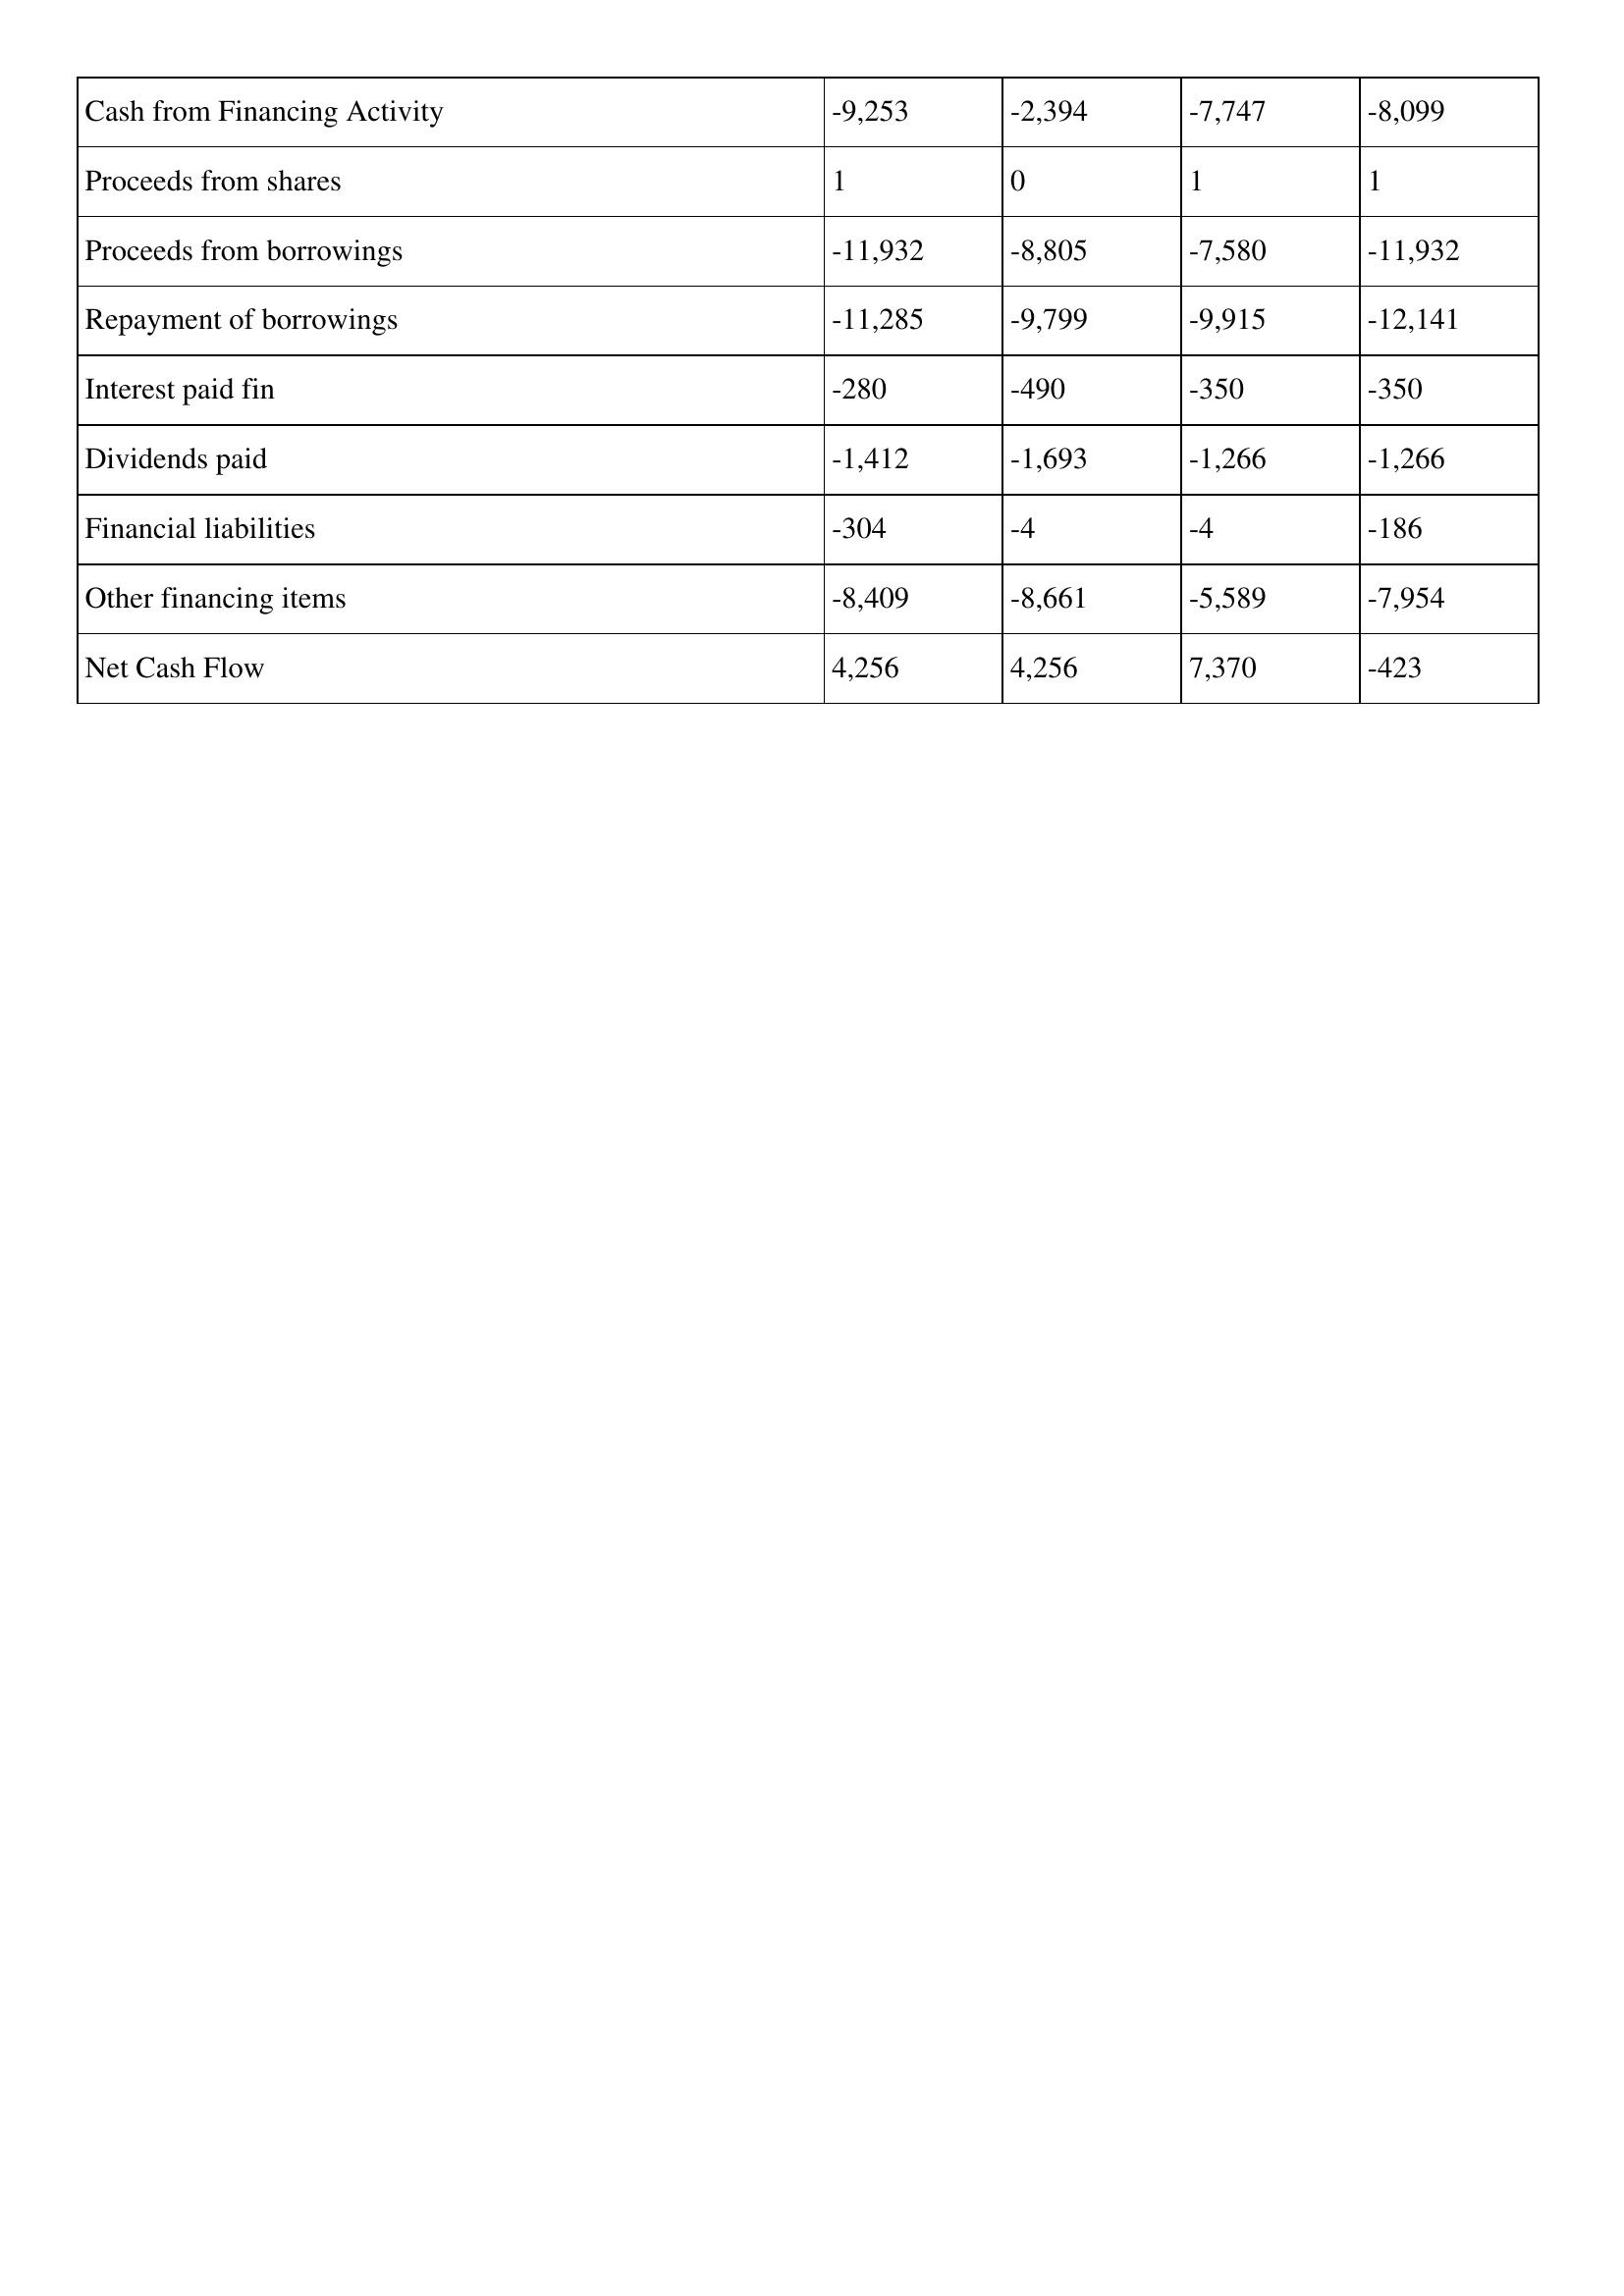
gt_parse: 2015: Cash Flows: Cash from Financing Activity: -9,253
Proceeds from shares: 1
Proceeds from borrowings: -11,932
Repayment of borrowings: -11,285
Interest paid fin: -280
Dividends paid: -1,412
Financial liabilities: -304
Other financing items: -8,409
Net Cash Flow: 4,256
2014: Cash Flows: Cash from Financing Activity: -2,394
Proceeds from shares: 0
Proceeds from borrowings: -8,805
Repayment of borrowings: -9,799
Interest paid fin: -490
Dividends paid: -1,693
Financial liabilities: -4
Other financing items: -8,661
Net Cash Flow: 4,256
2013: Cash Flows: Cash from Financing Activity: -7,747
Proceeds from shares: 1
Proceeds from borrowings: -7,580
Repayment of borrowings: -9,915
Interest paid fin: -350
Dividends paid: -1,266
Financial liabilities: -4
Other financing items: -5,589
Net Cash Flow: 7,370
2012: Cash Flows: Cash from Financing Activity: -8,099
Proceeds from shares: 1
Proceeds from borrowings: -11,932
Repayment of borrowings: -12,141
Interest paid fin: -350
Dividends paid: -1,266
Financial liabilities: -186
Other financing items: -7,954
Net Cash Flow: -423